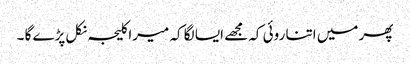
پھر میں اتنا روئی کہ مجھے ایسا لگا کہ میرا کلیجہ نکل پڑے گا ۔